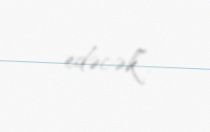
edəcək”.